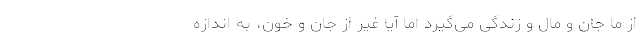
از ما جان و مال و زندگی می‌گیرد اما آیا غیر از جان و خون، به اندازه